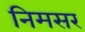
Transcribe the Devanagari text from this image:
निमसर